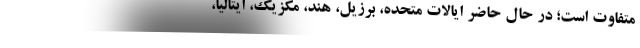
متفاوت است؛ در حال حاضر ایالات متحده، برزیل، هند، مکزیک، ایتالیا،